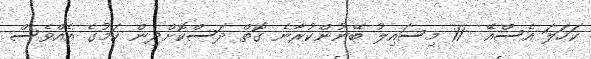
ކަހަލަ އެސްއޭ  11 މިސައިލު ބޭނުންކުރާނެ ގޮތް ދަސްކޮށްދިން ކަމުގެ އެއްވެސް